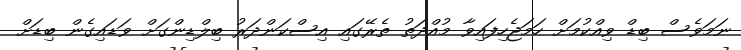
ނަމަވެސް ބިޑް ވިއްކުމަށް ހަމަޖެހިފައިވާ މުއްދަތު ތެރޭގައި އިސްކަންދަރު ބިލްޑިންގަށް ވަޑައިގެން ބިޑަށް